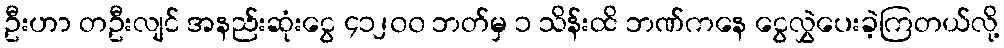
ဦးဟာ တဦးလျင် အနည်းဆုံးငွေ ၄၁၂၀၀ ဘတ်မှ ၁ သိန်းထိ ဘဏ်ကနေ ငွေလွှဲပေးခဲ့ကြတယ်လို့